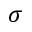
\sigma